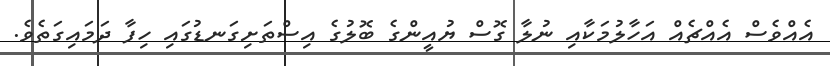
އެއްވެސް އެއްޗެއް އަހާލުމަކާއި ނުލާ ގޮސް ޔުއީންގެ ބޮލުގެ އިސްތަށިގަނޑުގައި ހިފާ ދަމައިގަތެވެ.